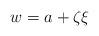
LaTeX: \begin{align*}w=a+\zeta\xi\end{align*}